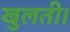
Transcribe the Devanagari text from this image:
खुलती।